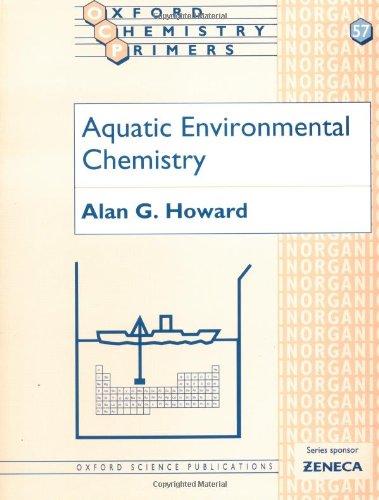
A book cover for Aquatic Environmental Chemistry (Oxford Chemistry Primers); Alan G. Howard; Science & Math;